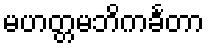
မဟတ္တမဘိကင်္ခတာ